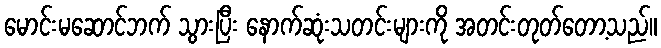
မောင်းမဆောင်ဘက် သွားပြီး နောက်ဆုံးသတင်းများကို အတင်းတုတ်တော့သည်။